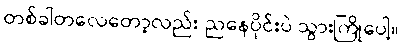
တစ်ခါတလေတော့လည်း ညနေပိုင်းပဲ သွားကြိုပေါ့။